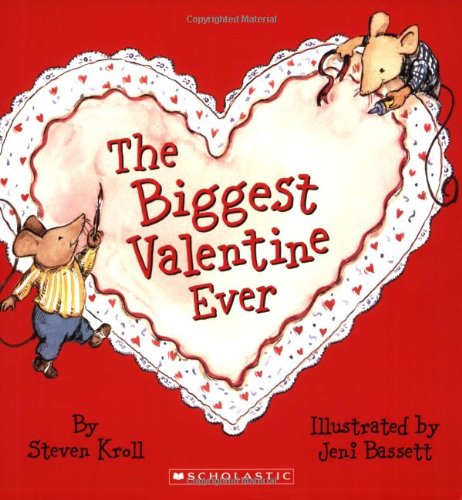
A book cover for The Biggest Valentine Ever; Steven Kroll; Children's Books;